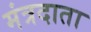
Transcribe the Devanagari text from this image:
मंत्रदाता